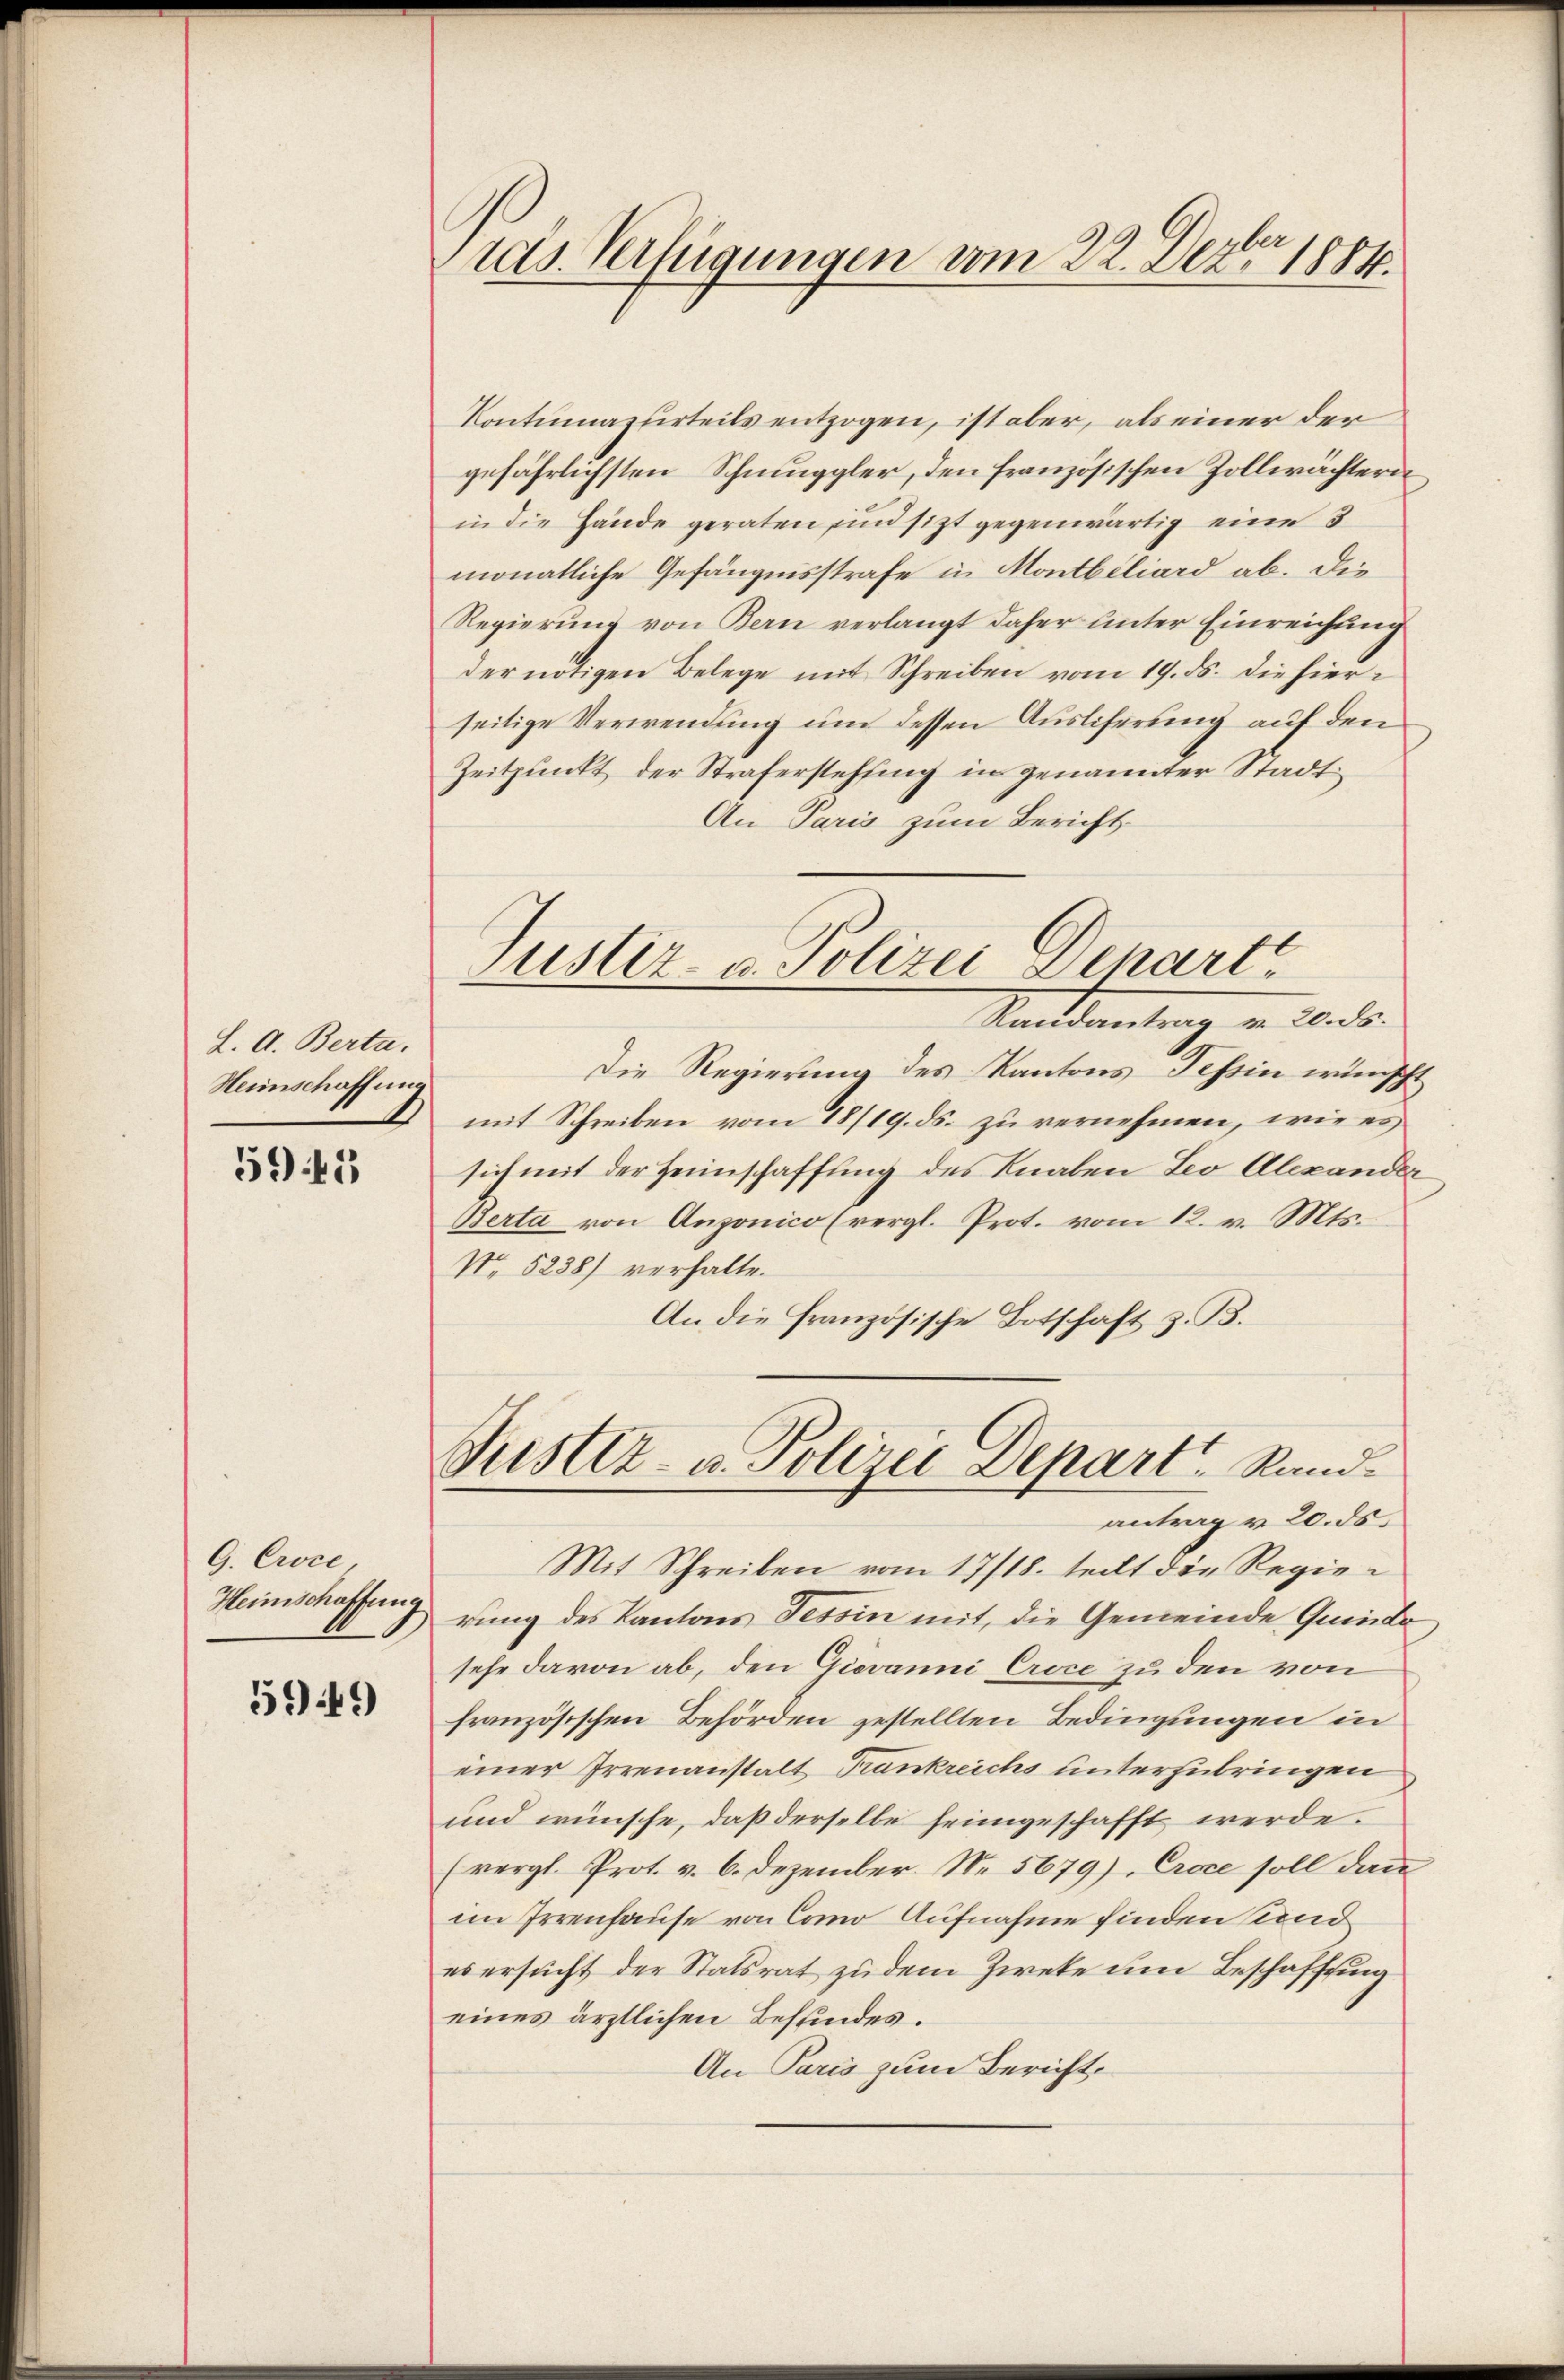
L. A. Berta,
Weinschaffung

5945

G. Croce
Heinschaffung

5949

Preis. Verfügungen vom 22. Dez. 1884.

Justiz- u. Polizei Depart

Contumazurteils entzogen, ist aber, als einer der
gefährlichsten Schnuggler, den französischen Zollwächtern
in die Hände geraten in sitzt gegenwärtig eine 3
monatliche Gefängnisstrafe in Montbiliard ab. Die
Regierung von Bern verlangt daher unter Einreichung
der nötigen Belege mit Schreiben vom 19. ds. die hierseitige Verwendung um dessen Ausliserung auf dem
Zeitpunkt der Straferstehling in genannter Stadt
An Paris zum Bericht
Randantrag von 20. ds.
Die Regierung des Kantons Tessin wünscht
mit Schreiben vom 18/19. ds. zu vernehmen, wie es
sich mit der Heimschaffung des Knaben Leo Alexander
Berta von Anzonico (vergl. Prot. vom 12. v. Mts.
No 5238) verhalte.
An die französische Botschaft z. B.
Justiz- u. Polizei Depart, Randantrag v. 20. ds.
Mit Schreiben vom 17/18. teilt die Regierung des Kantons Tessin mit, die Gemeinde Quinde
sehe davon ab, den Giovanni Croce zu den von
französischen Behörden gestellten Bedingungen in
einer Irrenanstalt Trankreichs unterzubringen
und wünsche, daß derselbe heimgeschafft werde.
(vergl. Prot. v. 6. Dezember. No 5679), Croce soll dann
im Irrenhause von Como Aufnahme finden Kind
es ersucht der Statsrat zu dem Zwete um Beschaffung
eines ärztlichen Befundes.
An Paris zum Bericht,